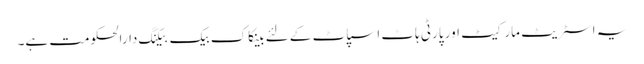
یہ اسٹریٹ مارکیٹ اور پارٹی ہاٹ اسپاٹ کے لئے بینکاک بیک بیکنگ دارالحکومت ہے۔